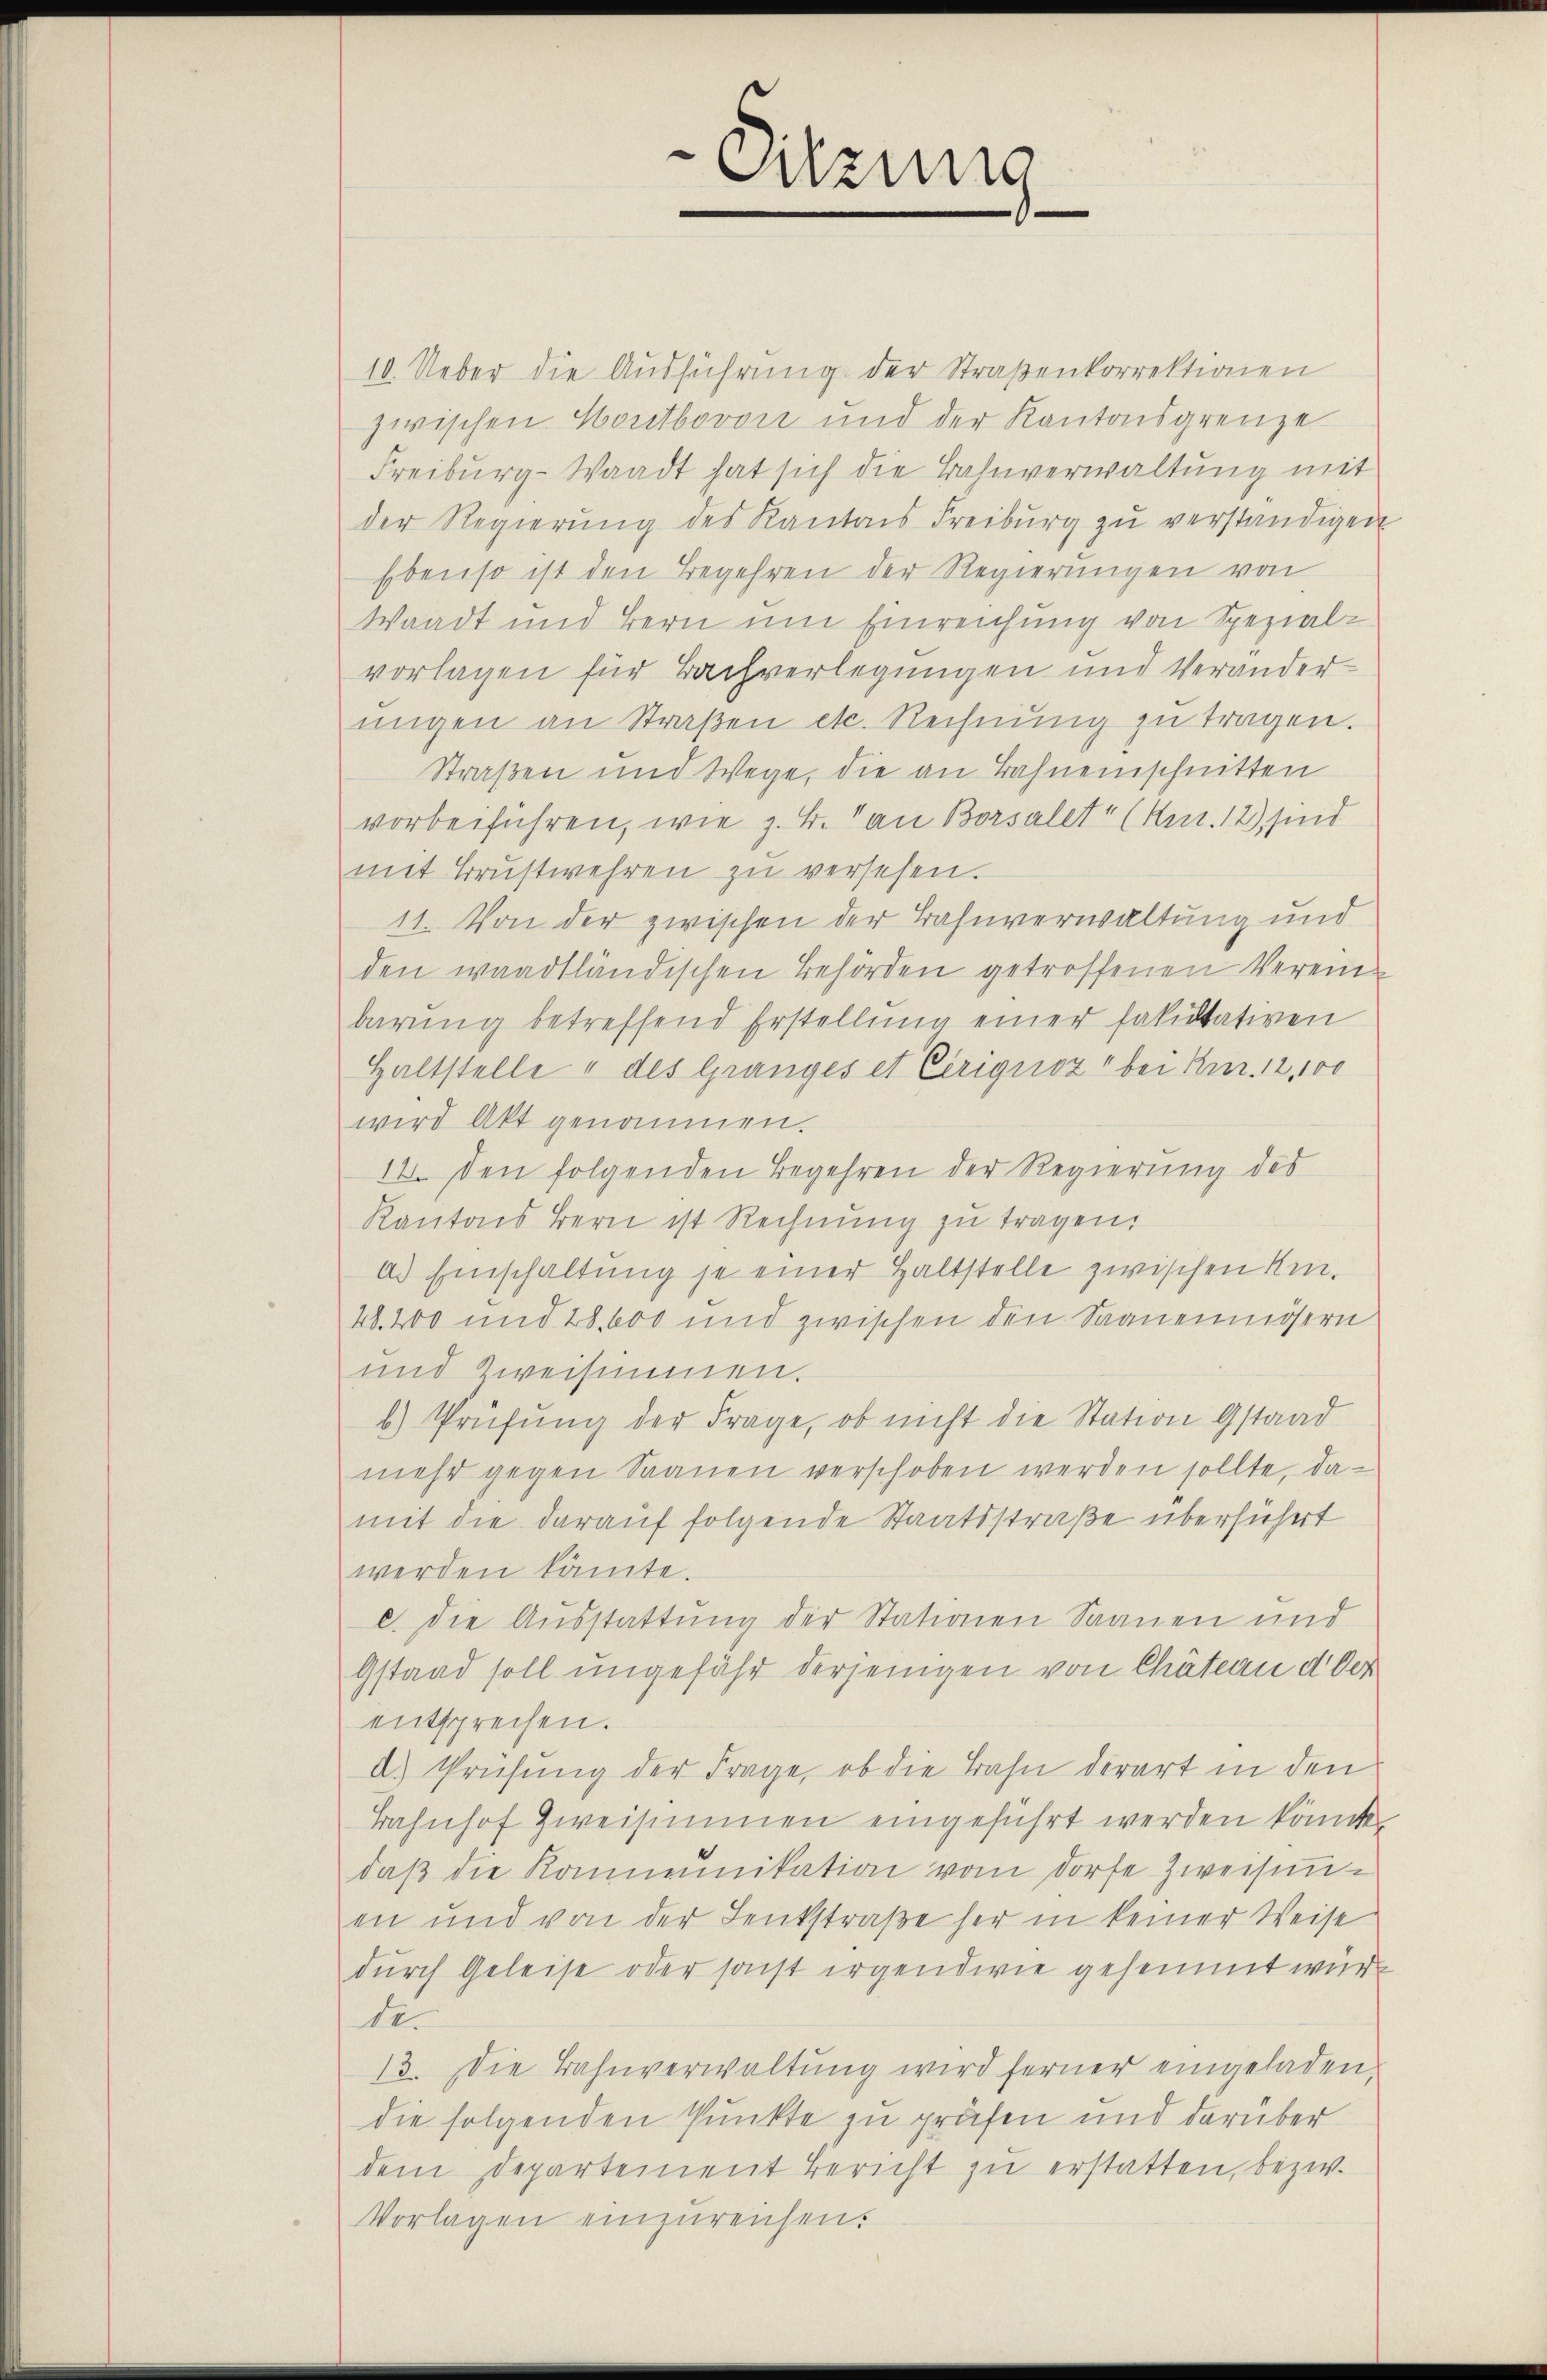
10. Ueber die Ausführung der Straßenkorrektionen
zwischen Hortbovon und der Kantonsgrenze
Freiburg - Waadt hat sich die Bahnverwaltung mit
der Regierŭng des Kantons Freiburg zŭ verständigen.
Ebenso ist den Begehren der Regierungen von
Waadt und Bern um Einreichung von Spezial-
vorlagen für Bachverlegungen und Verandernigen an Straßen etc. Rechnung zu tragen.
Straßen und Wege, die an Bahnenschnitten
vorbeiführen, wie z. B. an Borsalet“ (Art. 12) sind
mit Brŭstwehren zŭ versehen.
11. Von der zwischen der Bahnverwaltung und
den waadtländischen Behörden getroffenen Verein-
barung betreffend Erstellung einer Fakultativen
Haltstelle u des Granges et Ciriguoz" bei Knr. 12, 100
wird Akt genommen.
12. den folgenden Begehren der Regierung des
Kantons Bern ist Rechnung zu tragen.
a. Einschaltung je einer Haltstelle zwischen Kin¬
40. 200 und 28,600 und zwischen den Saanenmösern
und zweisimmen.
b) Prüfung der Frage, ob nicht die Station Gstaad
mehr gegen Saanen verschoben werden sollte, damit die darauf folgende Staatsstraße überführt
werden kannte.
c. Die Aŭsstattŭng der Stationen Saanen und
Gstand soll ungefähr derjenigen von Chäteau der
entsprechen.
d.) Prüfung der Frage, ob die Bahn derart in den
Bahnhof Zweisimmen eingeführt werden könnte.
daβ die Kommunikation vom Dorfe Zweifenen und von der Denkstraße her in keiner Weise
durch Geleise oder sonst irgendwie gehemmt würde.
13. Die Bahnverwaltung wird ferner eingeladen.
die folgenden Punkte zu prüfen und darüber
dem Departement Bericht zu erstatten, bezw.
Vorlagen einzureichen.

Sitzung